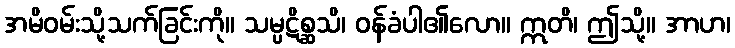
အမိဝမ်းသို့သက်ခြင်းကို။ သမ္ပဋိစ္ဆသိ၊ ဝန်ခံပါ၏လော။ ဣတိ၊ ဤသို့။ အာဟ၊